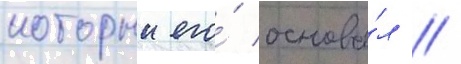
которыи его́ основа́л //